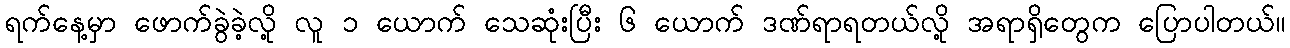
ရက်နေ့မှာ ဖောက်ခွဲခဲ့လို့ လူ ၁ ယောက် သေဆုံးပြီး ၆ ယောက် ဒဏ်ရာရတယ်လို့ အရာရှိတွေက ပြောပါတယ်။